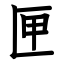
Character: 匣